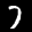
Label: 7